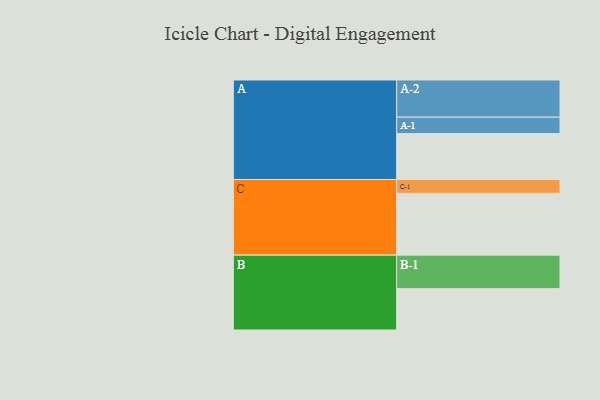
{"axis": {"x": "Segment", "y": "Value"}, "legend": ["", "A", "B", "C"], "data": [{"x": "A", "y": 362, "type": ""}, {"x": "B", "y": 326, "type": ""}, {"x": "C", "y": 487, "type": ""}, {"x": "A-1", "y": 129, "type": "A"}, {"x": "A-2", "y": 293, "type": "A"}, {"x": "B-1", "y": 264, "type": "B"}, {"x": "C-1", "y": 109, "type": "C"}]}